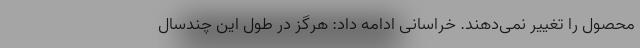
محصول را تغییر نمی‌دهند. خراسانی ادامه داد: هرگز در طول این چندسال